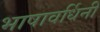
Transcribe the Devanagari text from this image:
भाषावर्धिनी